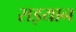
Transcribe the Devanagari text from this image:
सइयान